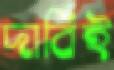
দাবিই